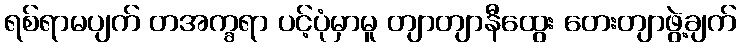
ရစ်ရာမပျက် တအက္ခရာ ပင့်ပုံမှာမူ တျာတျာနီထွေး တေးတျာဖွဲ့ချက်